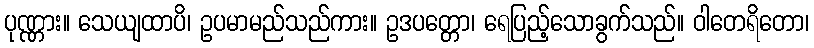
ပုဏ္ဏား။ သေယျထာပိ၊ ဥပမာမည်သည်ကား။ ဥဒပတ္တော၊ ရေပြည့်သောခွက်သည်။ ဝါတေရိတော၊